Annual report on the working of the lock hospitals in the Central Provinces
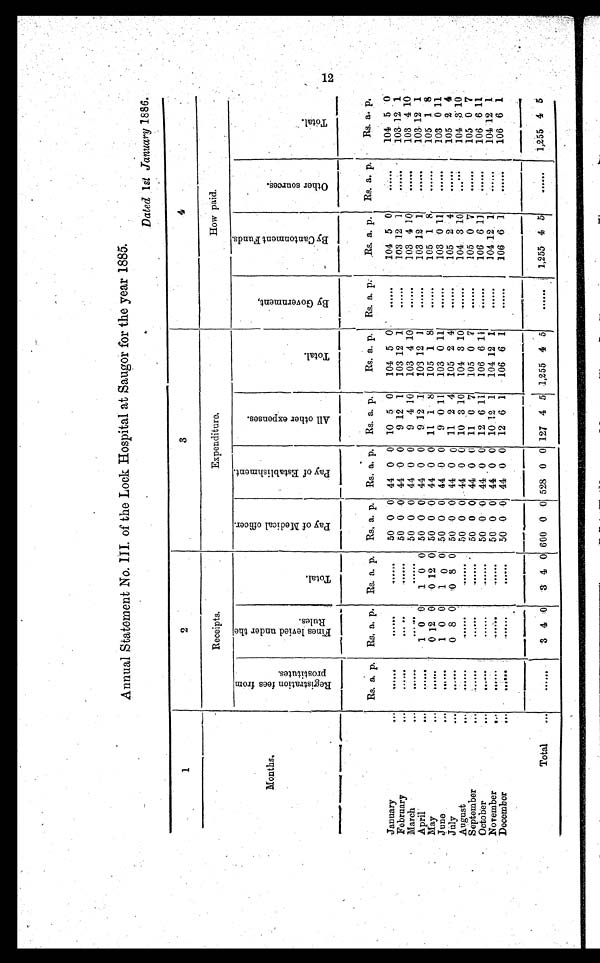
Annual Statement No. III. of the Lock Hospital at Saugor for the year 1885.
Dated 1st January 1886.
1
2
3
4
Receipts.
Expenditure.
How paid.
Months.
R e g i s t r a t i o n f e e s f r o m p r o s t i t u t e s .
F i n e s l i v e d u n d e r t h e R u l e s .
T o t a l .
P a y o f M e d i c a l O f f i c e r .
P a y o f E s t a b l i s h m e n t .
A l l o t h e r e x p e n s e s .
T o t a l .
B y G o v e r n m e n t ,
B y C a n t o n m e n t F u n d s .
O t h e r s o u r c e .
T o t a l .
Rs. a. p.
Rs. a. p.
Rs. a. p.
Rs. a. p.
Rs. a. p.
Rs. a. p.
Rs. a. p.
Rs. a. p.
Rs. a. p.
Rs. a.
p
Rs. a. p.
January
. . .
. . . . . .
. . . . .
. . . . . .
50 0 0 44 0 0 10 5 0
104 5 0
. . . . . .
104 5 0
......
104 5 0
February
. . .
. . . . . .
. . . . .
. . . . . .
50 0 0 44 0 0
9 12 1
103 12 1
. . . . . . . .
103 12 1
.......
103 12 1
March
. . . . . .
. . . . .
. . . . . .
50 0 0 44 0 0
9 4 10
103 4 10
103 4 10
103 4 10
. . .
......
. . . . . . .
April
. . . . . .
1 0 0
1 0 0 50 0 0 44 0 0
9 12 1
103 12 1
103
1 2 1
103 12 1
. . .
......
. . . .
May
......
0 12 0
0 12 0 50 0 0 44 0 0 11 1 8
105 1 8
105 1 8
......
105 1 8
. . .
......
June
. . .
. . . . . .
1 0 0
1
0 0 50 0 0 44 0 0
9 0 11
103 0 11
. . . . . .
103 0 11
......
103 0 11
July
. . .
. . . . . .
0 8 0
0 8 0 50 0 0 44 0 0 11 2 4
1 0 5 2
4
105 2 4
105 2 4
......
......
August
. . .
. . . . . .
. . . . . .
. . . . . .
50 0 0 44 0 0 10 3 10
104 3 10
. . . . . . .
104 3 10
104 3" 10
. . . . .
September
. . .
. . . . . .
. . . . . .
. . . . .
50 0 0 44 0 0 11 0 7
105 0 7
105 0 7
......
105 0 7
. . . . . .
October
. . .
.....
. . . . .
. . . . . .
50 0 0 44 0 0 12 6 11
106 6 11
106 6 11
106 6 11
. . . . . .
.......
November
. . .
. . . . . .
. . . . .
. . . . . .
50 0 0 44 0 0 10 12 1
104 12
1
104
1 2 1
101 12 1
. . . . . .
. . . . .
December
. . .
. . . . . .
. . . . .
. . . . .
50 0 0 44 0 0 12 6 1
106 6 1
106 6 1
......
106 6 1
......
Total
...
. . . . . .
3 4 0
3 4 0 600 0 0 528 0 0 127 4 5 1,255 4 5
......
1,255 4 5
......
1,255 4 5